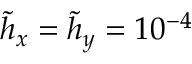
\tilde { h } _ { x } = \tilde { h } _ { y } = 1 0 ^ { - 4 }